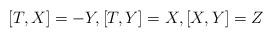
LaTeX: \begin{align*}[T,X]=-Y,[T,Y]=X,[X,Y]=Z\end{align*}